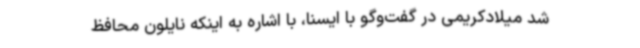
شد میلادکریمی در گفت‌وگو با ایسنا، با اشاره به اینکه نایلون محافظ